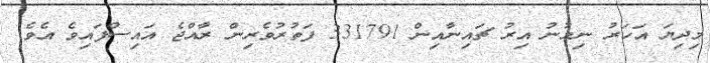
މިދިޔަ އަހަރު ނިމުނު އިރު ޗައިނާއިން 331791 ފަތުރުވެރިން ރާއްޖެ އައިސްފައިވެ އެވެ.